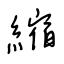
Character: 縮